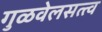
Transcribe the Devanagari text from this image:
गुळवेलसत्त्व